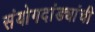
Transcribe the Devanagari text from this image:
संयोगदांड्यांची